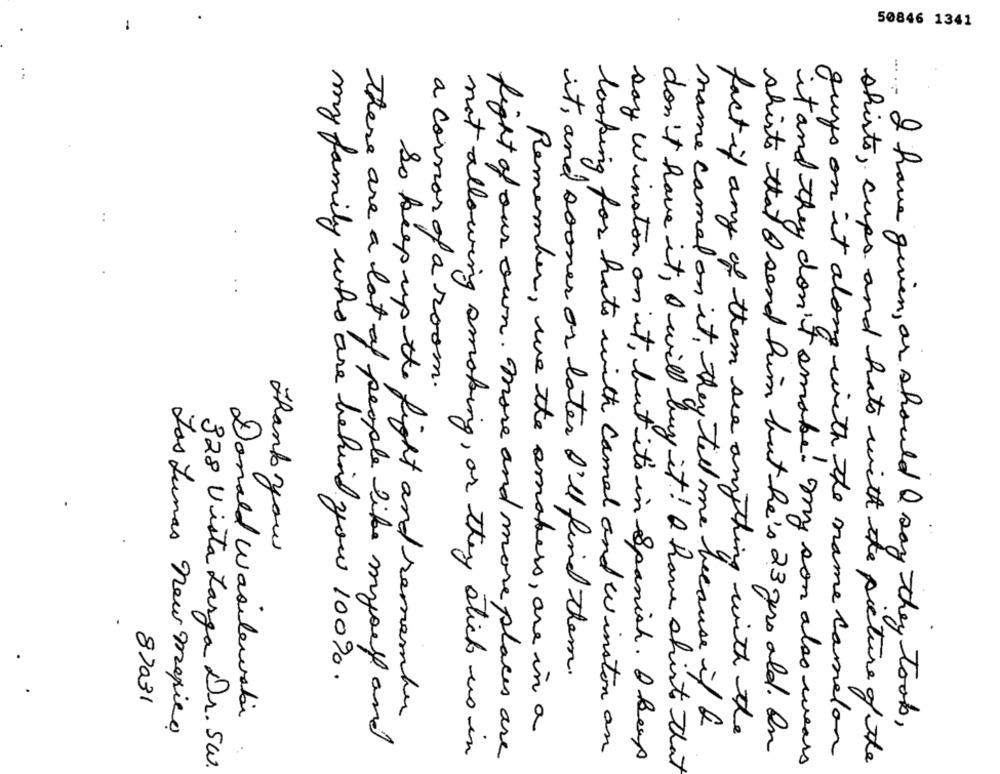
50846 1341
1
...
a corner of a room.
Thank you
my family who are behind you 100%.
it, and sooner or later I'll find them.
87031
Donald wasilewabi
So keep up the fight and remember
name camal on it, they tell me because if &
I have given, or should I say they took,
Los Lunas New mexico
Remember, we the smokers, are in a
fact if any of them see anything with the
There are a lot of people like myself and
not allowing smoking, or they stick to in
fight of our own. more and more places are
looking for hats with camel and Winston an
shirts that I send him but he's 23 years old. In
guys on it along with the name cameron
Day Winston on it, but it's in Spanish. A keep
shirts, cups and hats with the picture of the
328 Vista Larga Dr. 5w
don't have it, I will buy it! I have shirts that
it and they don't smoke. my son also wears